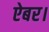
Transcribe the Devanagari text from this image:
ऐबर।